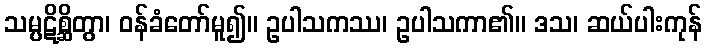
သမ္ပဋိစ္ဆိတွာ၊ ဝန်ခံတော်မူ၍။ ဥပါသကဿ၊ ဥပါသကာ၏။ ဒသ၊ ဆယ်ပါးကုန်